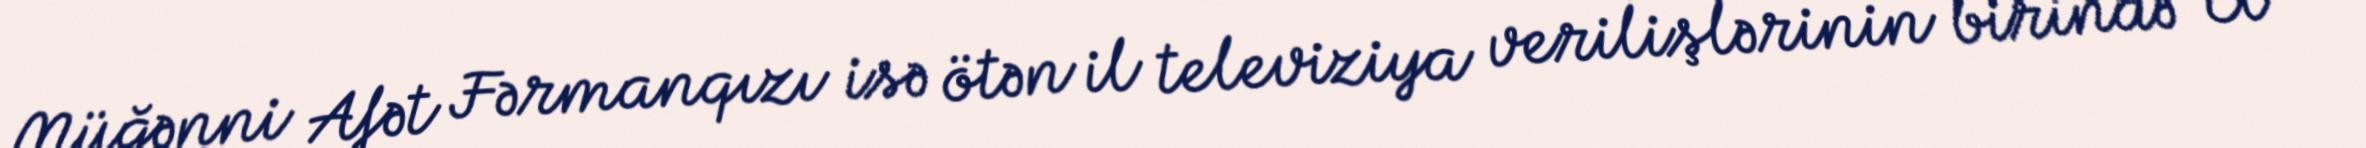
Müğənni Afət Fərmanqızı isə ötən il televiziya verilişlərinin birində “El